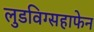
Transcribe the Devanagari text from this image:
लुडविग्सहाफेन